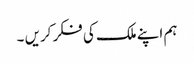
ہم اپنے ملک کی فکر کریں ۔